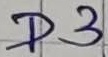
Text: D3